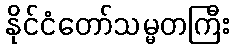
နိုင်ငံတော်သမ္မတကြီး